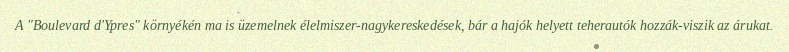
A "Boulevard d'Ypres" környékén ma is üzemelnek élelmiszer-nagykereskedések, bár a hajók helyett teherautók hozzák-viszik az árukat.